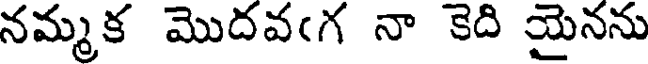
నమ్మక మొదవఁగ నా కెది యైనను